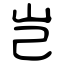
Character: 岂